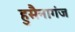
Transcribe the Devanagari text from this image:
हुसैनागंज